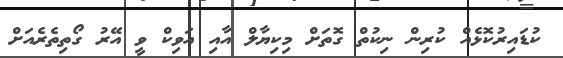
ކުޑައިރުކޮޅެއް ކުރިން ނިކުތް ގޮތަށް މިކިޔާލް އާއި އަވިކް ވީ އޭރު ގޯތިތެރެއަށް